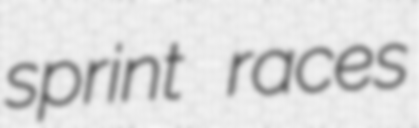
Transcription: sprint races